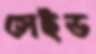
সেইড